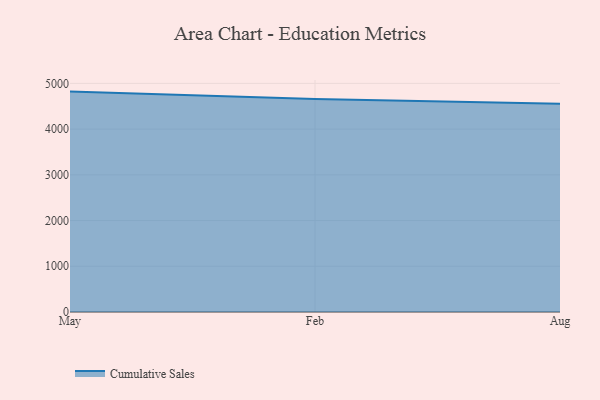
{"axis": {"x": "Month", "y": "Net Income (USD K)"}, "legend": ["Cumulative Sales"], "data": [{"x": "May", "y": 4819.8, "type": "Cumulative Sales"}, {"x": "Feb", "y": 4659.9, "type": "Cumulative Sales"}, {"x": "Aug", "y": 4552.3, "type": "Cumulative Sales"}]}